Calcutta medical institutions reports 1879-81 [i.e.91]
Year: 1879
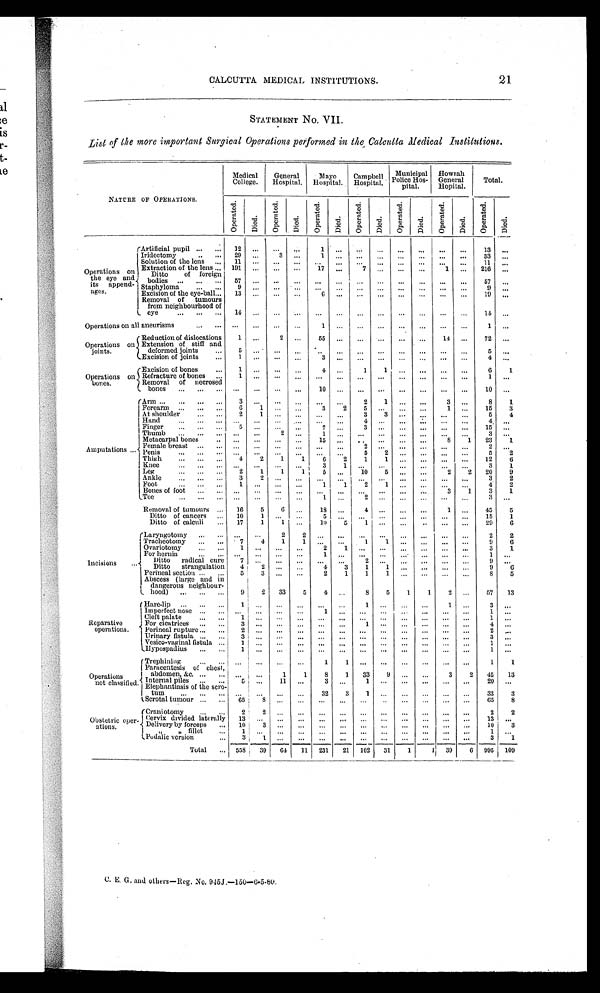
CALCUTTA MEDICAL INSTITUTIONS. 21
STATEMENT No. VII.
List of the more important Surgical Operations performed in the Calcutta Medical Institutions.
NATURE OF OPERATIONS.
Medical
College.
General
Hospital.
Mayo
Hospital.
Campbell
Hospital.
Municipal
Police Hos-
pital.
Howrah
General
Hopital.
Total.
O p e r a t e d .
Died.
O p e r a t e d .
Di ed.
Oper at ed.
Di ed.
Oper at ed.
Di ed.
Ope r a t e d.
Di ed.
Ope r a t e d.
Di ed.
Ope r a t e d.
Died.
Operations on
the eye and
its append-
ages.
Artificial pupil
12
. . .
. . .
. . . 1
. . .
. . .
. . .
. . .
. . .
. . .
. . . 13
. . .
Iridectomy
2 9
. . . 3
. . .
1
. . .
. . .
. . .
. . .
. . .
. . .
. . . 33
. . .
Solution of the lens
11
. . .
. . .
. . .
. . .
. . .
. . .
. . .
. . .
. . .
. . .
. . . 11
. . .
Extraction of the lens 191
. . .
. . .
. . .
. . . 17
. . .
7
. . .
. . .
. . .
1
. . . 216
. . .
Ditto of foreign bodies
5 7
. . .
. . .
. . . . . .
. . .
. . .
. . .
. . . . . . . . .
. . . . . . 57
. . .
Staphyloma
9
. . .
. . .
. . .
. . .
. . .
. . .
. . .
. . .
. . .
. . .
. . .
9
. . .
Excision of the eye-ball
13
. . .
. . .
. . .
6
. . .
. . . . . .
. . .
. . .
. . . . . .
1 9
. . .
Removal of tumours
from neighbourhood of
eye
1 4
. . .
. . .
. . .
. . .
. . .
. . .
. . . . . .
. . .
. . .
. . .
1 4
. . .
Operations on all aneurisms
. . .
. . .
. . .
. . .
1
. . .
. . .
. . . . . .
. . .
. . .
. . .
1
. . .
Operations on
joints...
Reduction of dislocations
1
. . .
2
. . . 55
. . .
. . .
. . .
. . .
. . . 14
. . . 72
. . .
Extension of stiff and
deformed joints
5
. . .
. . . . . .
. . .
. . .
. . .
. . .
. . .
. . .
. . .
. . .
5
. . .
Excision of joints
1
. . .
. . .
. . .
3
. . .
. . .
. . .
. . .
. . .
. . .
. . .
4
. . .
Operations on
bones...
Excision of bones
Refracture of bones
Removal of necrosed bones
1 1 . . .
. . .
. . .
. . .
. . .
. . .
. . .
. . .
. . .
. . .
4 . . .
1 0
. . .
. . .
. . .
1 . . .
. . .
1 . . .
. . . . . .
. . .
. . .
. . .
. . .
. . .
. . .
. . .
. . .
. . .
. . .
. . .
6 1 1 0
1 . . .
. . .
Amputations
Arm
3
. . .
. . .
. . .
. . .
. . . 2
1
. . .
. . .
3
. . . 8
1
Forearm
6
1
. . .
. . .
3
2
5
. . .
. . .
. . .
1
. . . 15
3
At shoulder
2
1
. . . . . .
. . .
. . .
3
3
. . .
. . .
. . .
. . .
5
4
Hand
. . .
. . .
. . .
. . .
. . .
. . .
4
. . .
. . .
. . .
. . .
. . .
4
. . .
Finger
5 ,...
. . .
. . . „
7
. . .
3
. . .
. . .
. . .
. . .
. . . 15
. . .
Thumb
. . .
. . .
2
. . . 1
. . .
. . .
. . .
. . .
. . .
. . .
. . .
3
. . .
Metacarpal bones
. . .
. . .
. . .
. . .
1 5
. . .
. . .
. . .
. . .
. . . 8
1 23
1
Female breast
. . .
. . .
. . .
. . .
. . .
. . .
2
. . .
. . .
. . .
. . .
. . .
2
. . .
Penis
. . .
. . .
. . .
. . .
. . .
. . .
5
2
. . .
. . .
. . .
. . .
5 2
Thigh
4
2
1
1
6
2
1
1
. . .
. . .
. . .
. . . 12
6
Knee
. . .
. . .
. . .
. . .
3
1
. . .
. . .
. . .
. . .
. . .
. . .
3 1
Leg
2
1
1
1
5
. . . 10
5
. . .
. . .
2
2 20
9
Ankle
3
2
. . .
. . .
. . .
. . .
. . .
. . .
. . .
. . .
. . .
. . .
3
2
Foot
1
. . .
. . .
. . .
1
1
2
1
. . .
. . .
. . .
. . . 4
2
Bones of foot
. . .
. . .
. . .
. . .
. . .
. . .
. . .
. . .
. . .
. . . 3
1
3
1
Toe
. . .
. . .
. . .
. . .
1
. . .
2
. . .
. . .
. . .
. . .
. . .
3
. . .
Removal of tumours
16
5
6
. . . 18
. . .
4
. . .
. . .
. . .
1
. . . 45
5
Ditto of cancers
10
1
. . .
. . .
5
. . .
. . .
. . .
. . .
. . .
. . .
. . . 15
1
Ditto of calculi
17
1
1
. . .
1 0
5
1
. . .
. . .
. . .
. . .
. . . 29
6
Incisions
'
Laryngotomy
. . .
. . .
2
2
. . .
. . .
. . .
. . .
. . .
. . .
. . .
. . .
2
2
Tracheotomy
7
4
1
1
. . .
. . .
1
1
. . .
. . .
. . .
. . .
9
6
Ovariotomy
1
. . .
. . .
. . .
2
1
. . .
. . .
. . .
. . .
. . .
. . .
3
1
For hernia
. . .
. . .
. . .
. . .
1
. . .
. . .
. . .
. . .
. . .
. . .
. . .
1
. . .
Ditto radical cure
7
. . .
. . .
. . .
. . .
. . .
2
. . .
. . .
. . .
. . .
. . .
9
. . .
Ditto strangulation
4
2
. . .
. . .
4
3
1
1
. . .
. . .
. . .
. . .
9
6
Perineal section
5 5
3
. . .
. . .
2
1
1
1
. . .
. . .
. . .
. . .
8
5
Abscess (large and in
dangerous neighbour
hood)
9
2 33
5
4
. . .
8
5
1
1
2
. . . 57 13
Reparative
operations...
Hare-lip
1
. . .
. . .
. . .
. . .
. . .
1
. . .
. . .
. . .
1
. . .
3
. . .
Imperfect nose
. . .
. . .
. . .
. . .
1
. . .
. . .
. . .
. . .
. . .
. . .
. . .
1
. . .
Cleft palate
1
. . .
. . .
. . .
. . .
. . .
. . .
. . .
. . .
. . .
. . .
. . .
1
. . .
For cicatrices
3
. . .
. . .
. . .
. . .
. . .
1
. . .
. . .
. . .
. . .
. . .
4
. . .
Perineal rupture
2
. . .
. . .
. . .
. . .
. . .
. . .
. . .
. . .
. . .
. . .
. . .
2
. . .
Urinary fistula
3
. . .
. . .
. . .
. . .
. . .
. . .
. . .
. . .
. . .
. . .
. . .
3
. . .
Vesico-vaginal fistula
1
. . .
. . .
. . .
. . .
. . .
. . .
. . .
. . .
. . .
. . .
. . .
1
. . .
Hypospadius
1
. . .
. . .
. . .
. . .
. . .
. . .
. . .
. . .
. . .
. . .
. . .
1
. . .
Operations
not classified...
Trephining
. . .
. . .
. . .
. . .
1
1
. . .
. . .
. . .
. . .
. . .
. . .
1
1
Paracentesis of chest,
abdomen, &c...
. . .
. . .
1
1 8
1
3 3
9
. . .
. . .
3 2
45 13
Internal piles
5
. . .
1 1
. . .
3
. . .
1
. . .
. . .
. . .
. . .
. . . 20
. . .
Elephantiasis of the scrotum
. . .
. . .
. . .
. . .
3 2
3
1
. . .
. . .
. . .
. . .
. . . 33
3
Scrotal tumour
65
8
. . .
. . .
. . .
. . .
. . .
. . .
. . .
. . .
. . .
. . . 65
8
Obstetric oper-
ations.
Craniotomy
2
2
. . .
. . .
. . .
. . .
. . .
. . .
. . .
. . .
. . .
. . .
2
2
Cervix divided laterally 13
. . .
. . .
. . .
. . .
. . .
. . .
. . .
. . .
. . .
. . .
. . . 13
. . .
Delivery by forceps
10
3
. . .
. . .
. . .
. . .
. . .
. . .
. . .
. . .
. . .
. . . 10
3
,, ,, fillet
1
. . .
. . .
. . .
. . .
. . .
. . .
. . .
. . .
. . .
. . .
. . .
1
. . .
Podalic version
3 1
. . .
. . .
. . .
. . .
. . .
. . .
. . .
. . .
. . .
. . . .
3
1
Total
5 5 8
3 9
6 4
1 1
2 3 1
2 1
1 0 2
3 1
1 1
3 9
6
9 9 5
1 0 9
C. E. G. and others—Reg. No. 945J.—150—6-5-80.